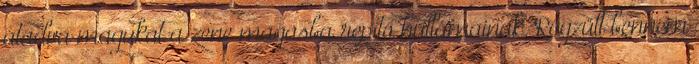
átadva magukat a zene magasba repítő hullámainak. Rögzült bennem